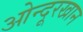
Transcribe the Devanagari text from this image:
ओन्दूरखान